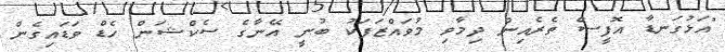
"އަޅުގަނޑާ އޮފީސް ތެރެއިން ދިމާވި މުވައްޒަފަކު ބުނީ އޭނާގެ ސެކްޝަން ހެޑް ވަޑައިގެން